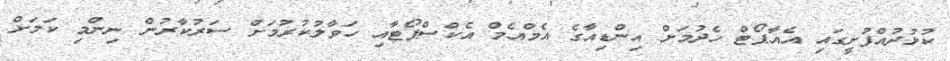
ކުޅުދުއްފުށީގައި އެއާޕޯޓް ހެދުމަށް އިންޑިއާގެ އެމްއެމް އެކްސްޕޯޓާއި ހަވާލުކުރުމަށް ސަރުކާރުން ނިންމި ކަމަށް